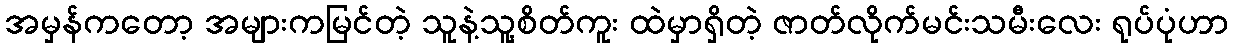
အမှန်ကတော့ အများကမြင်တဲ့ သူနဲ့သူ့စိတ်ကူး ထဲမှာရှိတဲ့ ဇာတ်လိုက်မင်းသမီးလေး ရုပ်ပုံဟာ